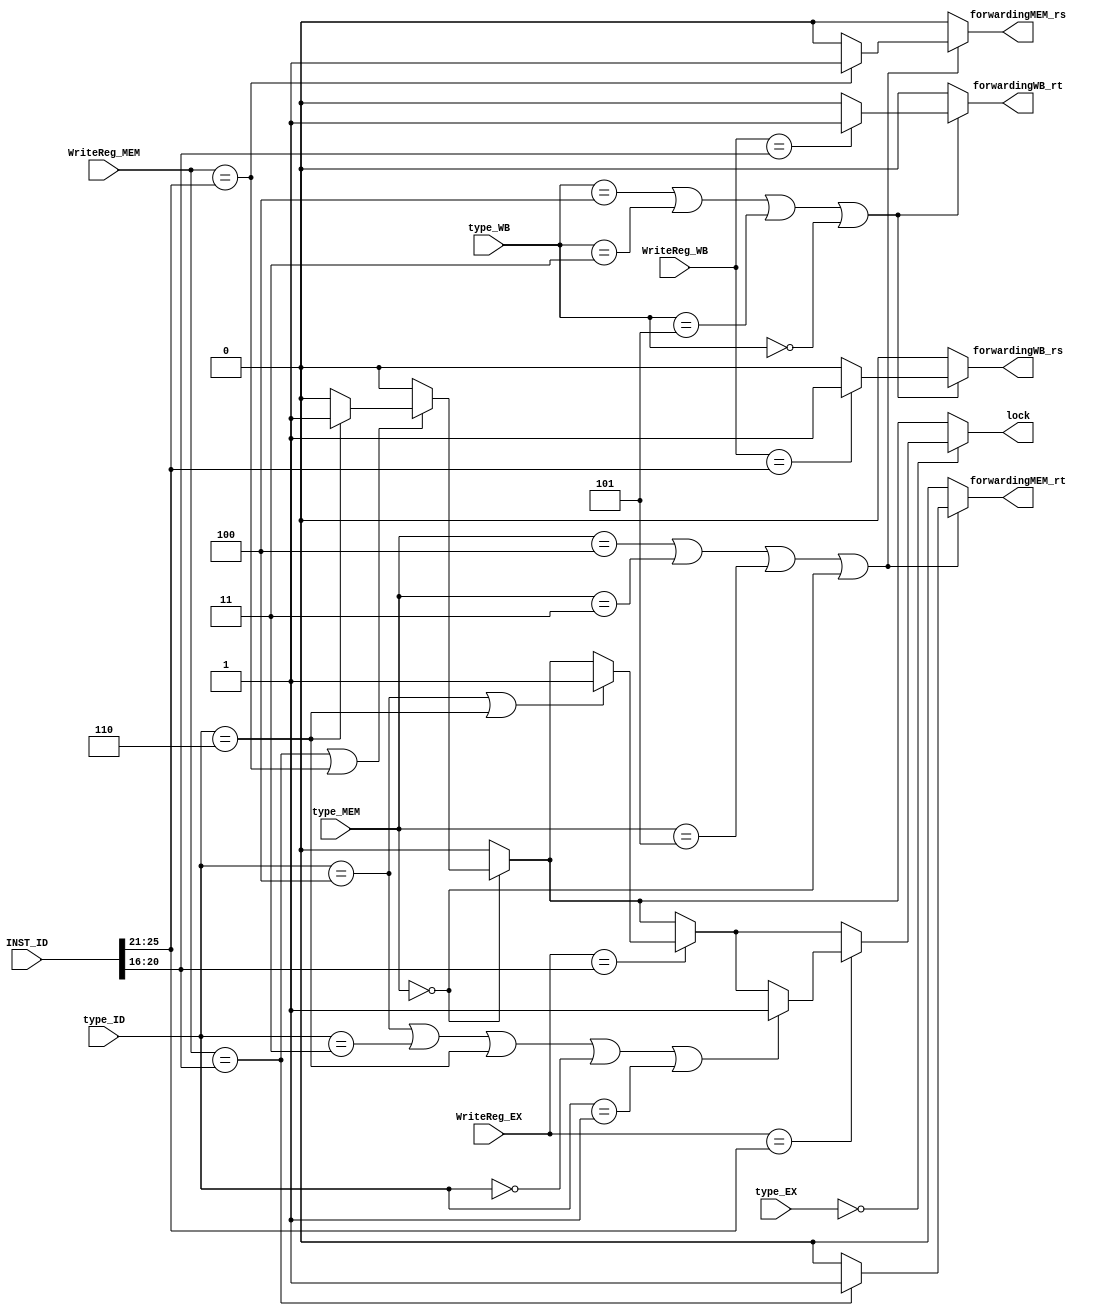
`timescale 1ns / 1ps
//////////////////////////////////////////////////////////////////////////////////
// Company: 
// Engineer: 
// 
// Design Name: 
// Module Name: InterLock
// Project Name: 
// Target Devices: 
// Tool Versions: 
// Description: 
// 
// Dependencies: 
// 
// Revision:
// Revision 0.01 - File Created
// Additional Comments:
// 
//////////////////////////////////////////////////////////////////////////////////


module InterLock(
    input [2:0] type_ID,
    input [2:0] type_EX,
    input [2:0] type_MEM,
    input [2:0] type_WB,
    input [4:0] WriteReg_EX,
    input [4:0] WriteReg_MEM,
    input [4:0] WriteReg_WB,
    input [31:0] INST_ID,
    output reg forwardingMEM_rs,
    output reg forwardingMEM_rt,
    output reg forwardingWB_rs,
    output reg forwardingWB_rt,
    output reg lock
    );
    
    always @(type_ID or type_EX or type_MEM or type_WB or WriteReg_EX or WriteReg_MEM or WriteReg_WB or INST_ID)
    begin
        forwardingMEM_rs=0;
        forwardingMEM_rt=0;
        forwardingWB_rs=0;
        forwardingWB_rt=0;
        lock=0;
        if((type_MEM==3'b100)||(type_MEM==3'b011)||(type_MEM==3'b101)||(type_MEM==3'b000))//R:jal
        begin
            if(WriteReg_MEM==INST_ID[25:21]) forwardingMEM_rs=1;
            if(WriteReg_MEM==INST_ID[20:16]) forwardingMEM_rt=1;
        end
        if((type_WB==3'b100)||(type_WB==3'b011)||(type_WB==3'b101)||(type_WB==3'b000))//R andi ori addi jal lw
        begin
            if(WriteReg_WB==INST_ID[25:21]) forwardingWB_rs=1;
            if(WriteReg_WB==INST_ID[20:16]) forwardingWB_rt=1;
        end
        if(type_MEM==3'b000)
        begin
            if(WriteReg_MEM==INST_ID[20:16]||WriteReg_MEM==INST_ID[25:21])
            begin
                if(type_ID==3'b110) lock=1;
            end
        end         
        if(type_EX==3'b000)//lw
        begin
            if(WriteReg_EX==INST_ID[20:16])
            begin
                if((type_ID==3'b100)||(type_ID==3'b110))lock=1;//R,rt
            end
            if(WriteReg_EX==INST_ID[25:21])
            begin
                if((type_ID==3'b100)||(type_ID==3'b011)||(type_ID==3'b110)||(type_ID==3'b000)||(type_ID==3'b001))lock=1;//R,lw,sw,beq,andi,ori,adi rs
            end
        end
    end
endmodule